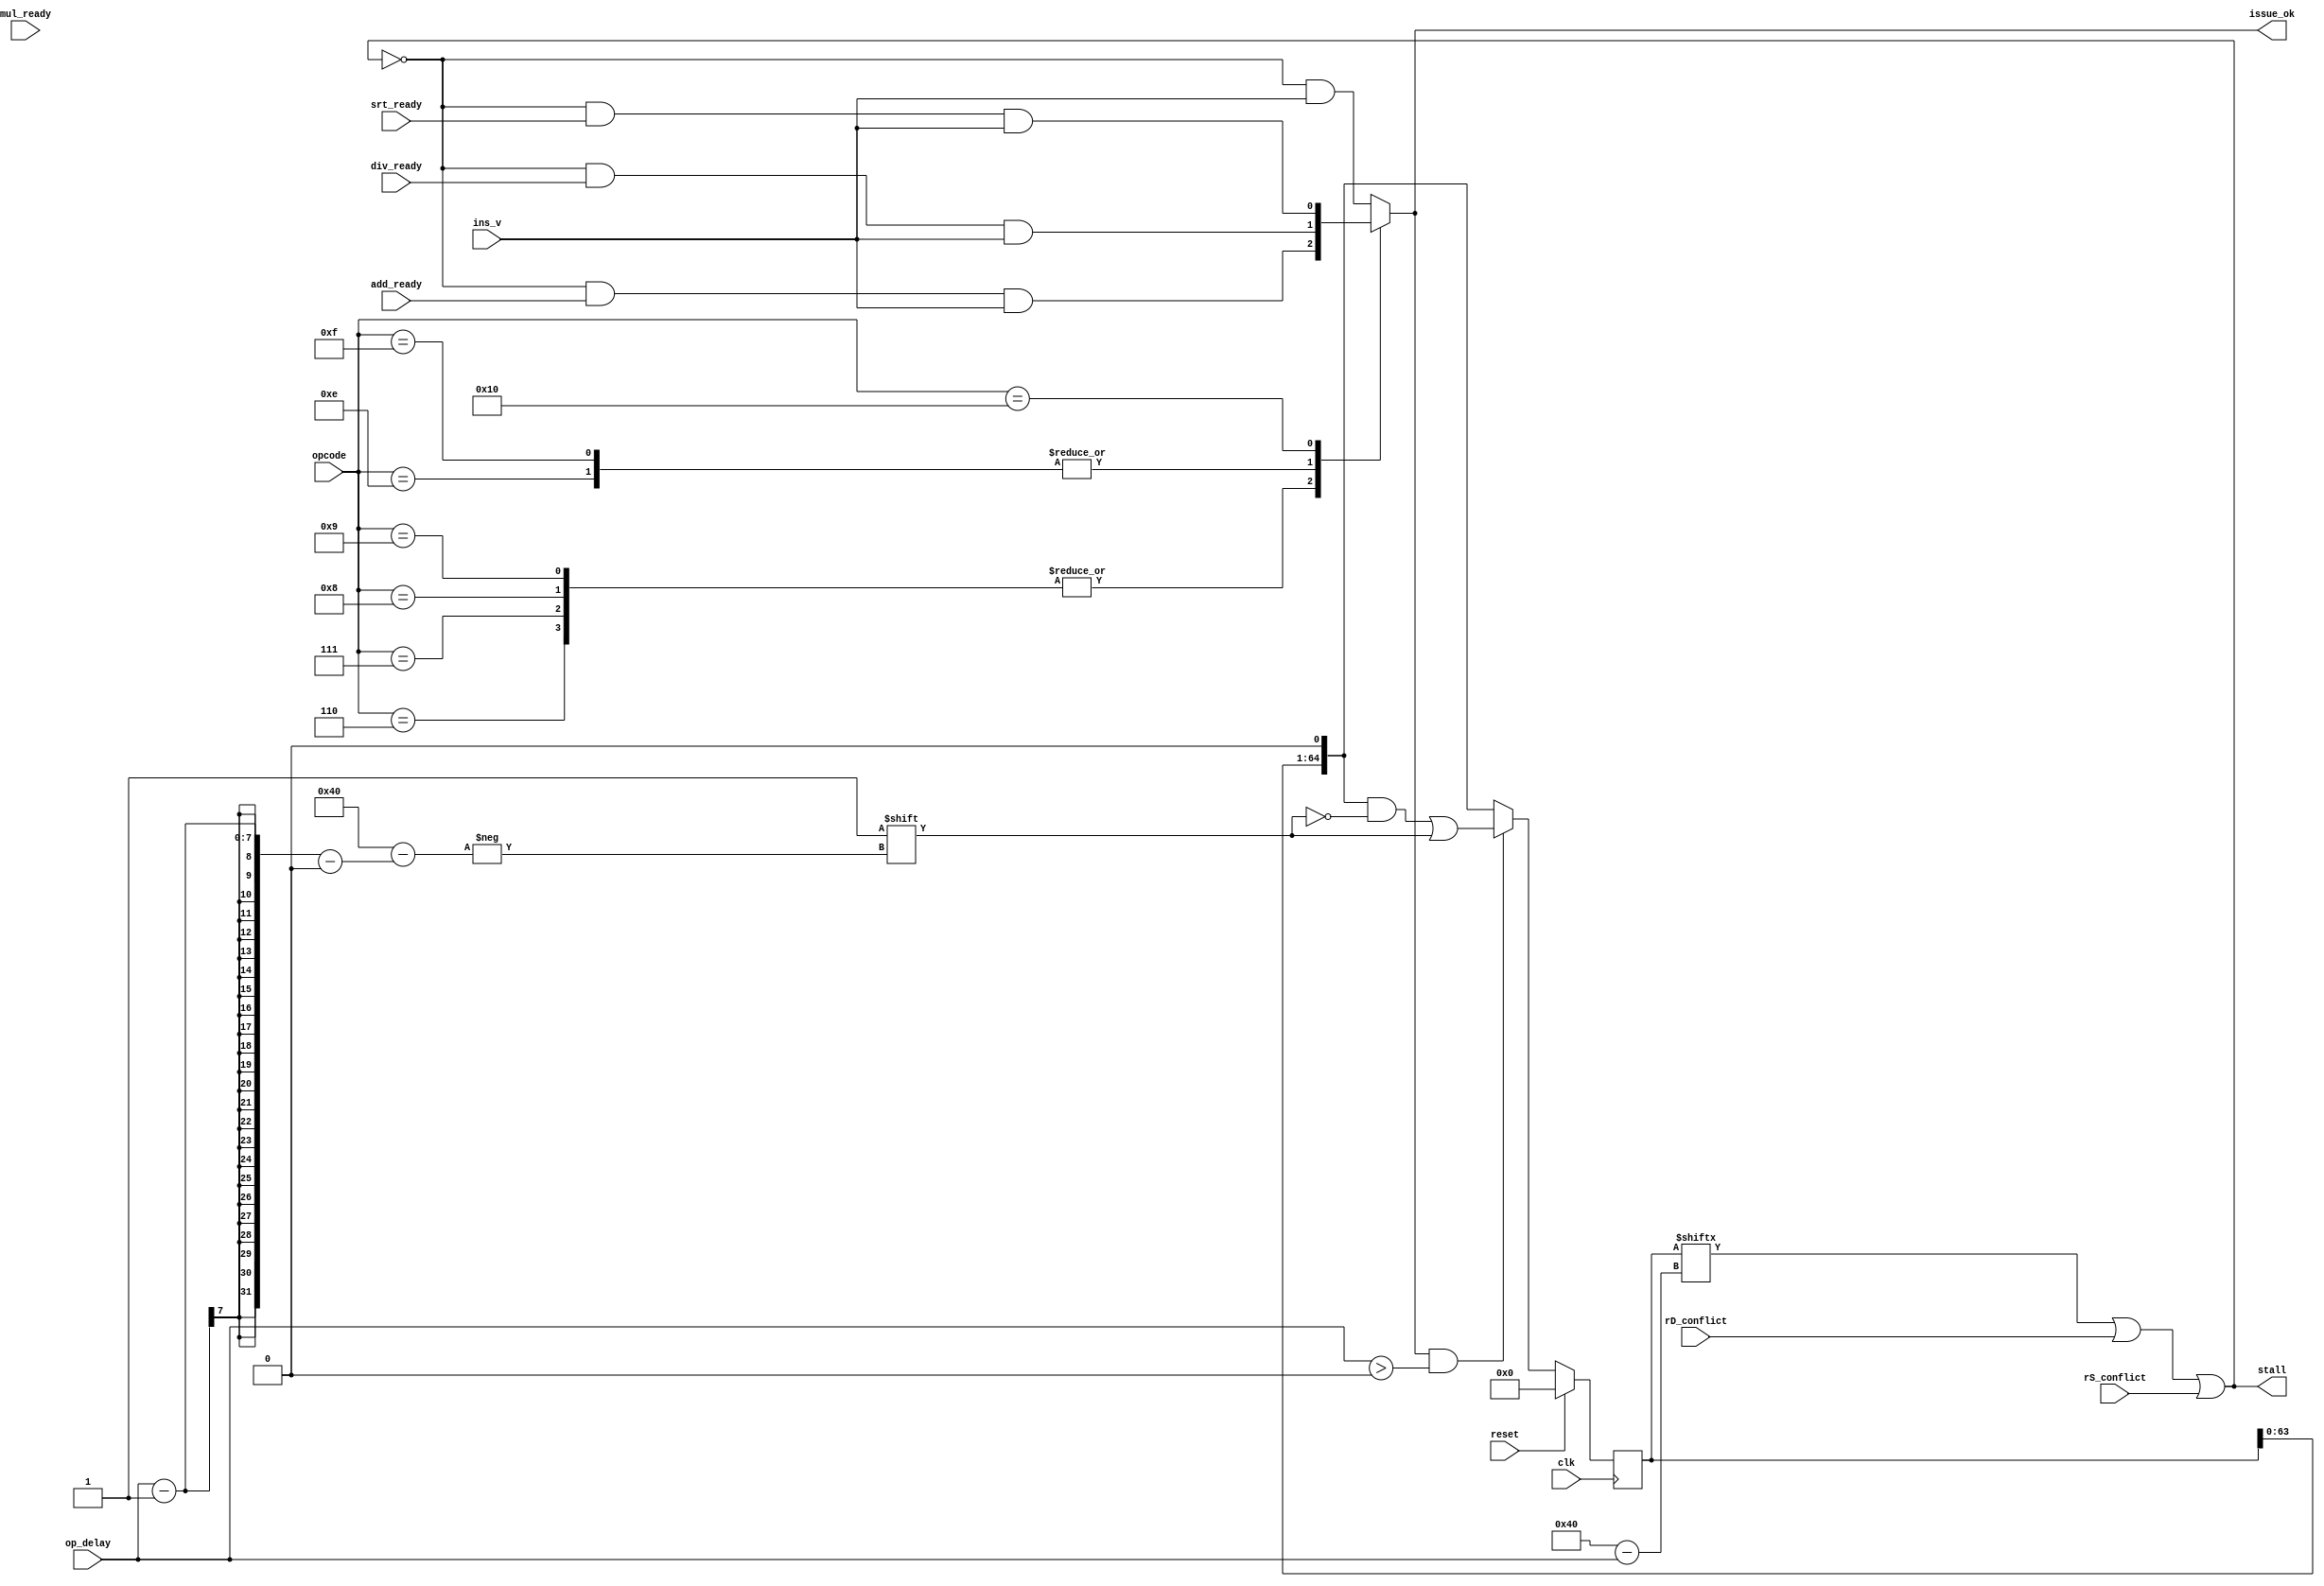
`define MAX_DELAY 64
`define ADDR_WIDTH $clog2(`MAX_DELAY)

module hdu(
	input clk, reset,
	input [5:0] opcode,
	input [6:0] op_delay,
	input mul_ready,
	input add_ready,
	input div_ready,
	input srt_ready,
	input ins_v,
	input rD_conflict,
	input rS_conflict,
	output stall,
	output reg issue_ok
	);

	reg [0:`MAX_DELAY] reservations;
	
	assign stall = reservations[op_delay] || rD_conflict || rS_conflict;

	always @(*) begin
		issue_ok = 'b0;

		case(opcode)
			6'd6:	begin
				issue_ok = ~stall && add_ready && ins_v;
				end
			6'd7:	begin
				issue_ok = ~stall && add_ready && ins_v;
				end
			6'd8: begin
				issue_ok = ~stall && add_ready && ins_v;
				end
			6'd9: begin
				issue_ok = ~stall && add_ready && ins_v;
				end
			6'd14: begin //div
				issue_ok = ~stall && div_ready && ins_v;
				end
			6'd15: begin //mod
				issue_ok = ~stall && div_ready && ins_v;
				end
			6'd16: begin //sqrt
				issue_ok = ~stall && srt_ready && ins_v;
				end
			default: begin
				issue_ok = ~stall && ins_v;
				end
		endcase
	end

	always @(posedge clk) begin
		reservations <= reservations << 1;
		if(issue_ok && op_delay > 0) begin	// if instruction is ok to be dispatched
			reservations[op_delay-1] <= 1;	// reserve slot
		end

		if (reset) begin
			reservations <= 'b0;	//clear reservations on reset
		end
	end
endmodule